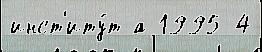
инст'иту́т а 1995 4